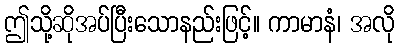
ဤသို့ဆိုအပ်ပြီးသောနည်းဖြင့်။ ကာမာနံ၊ အလို